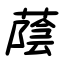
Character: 蔭